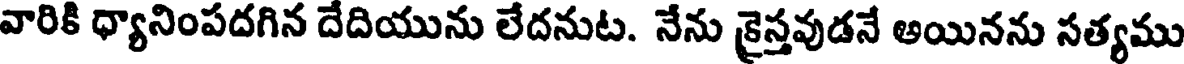
వారికి ధ్యానింపదగిన దేదియును లేదనుట. నేను కైస్తవుడనే అయినను సత్యము